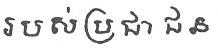
របស់ប្រជាជន